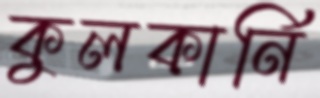
কুলকার্নি